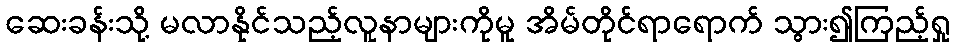
ဆေးခန်းသို့ မလာနိုင်သည့်လူနာများကိုမူ အိမ်တိုင်ရာရောက် သွား၍ကြည့်ရှု